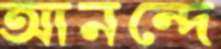
আনন্দে